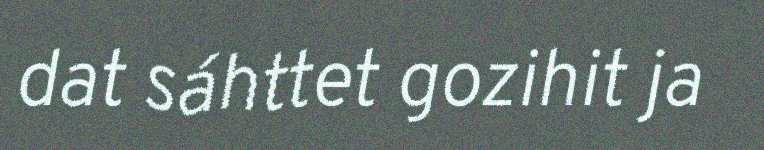
dat sáhttet gozihit ja